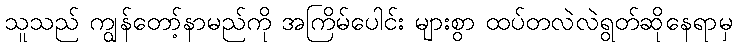
သူသည် ကျွန်တော့်နာမည်ကို အကြိမ်ပေါင်း များစွာ ထပ်တလဲလဲရွတ်ဆိုနေရာမှ